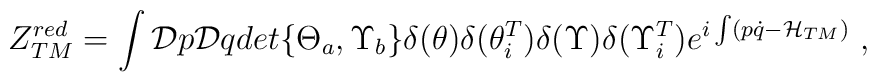
Z_{TM}^{red}=\int{\cal D}p{\cal D}qdet{\bigl\{\Theta_a,\Upsilon_b\bigr\}}\delta(\theta)\delta({\theta}_i^T)   \delta(\Upsilon)\delta({\Upsilon}_i^T)e^{i\int(p\dot{q}-{\cal H}_{TM})}\;,